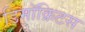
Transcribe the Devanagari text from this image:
डिमॉक्रिटस